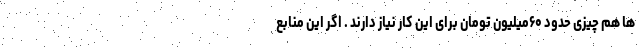
ها هم چیزی حدود ۶۰میلیون تومان برای این کار نیاز دارند . اگر این منابع